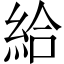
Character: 給